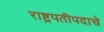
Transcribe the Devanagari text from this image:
राष्ट्रपतीपदाचे